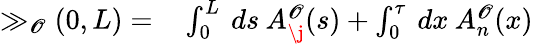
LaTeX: \begin{array}{rl}{\gg_{\mathscr{O}}(0,L)=}&{{}\int_{0}^{L}\: ds\: {A}_{\j}^{\mathscr{O}}(s)+\int_{0}^{\tau}\: dx\: {A}_{n}^{\mathscr{O}}(x)}\end{array}